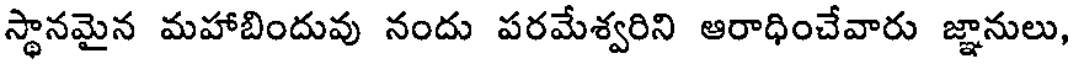
స్థానమైన మహాబిందువు నందు పరమేశ్వరిని ఆరాధించేవారు జ్ఞానులు,